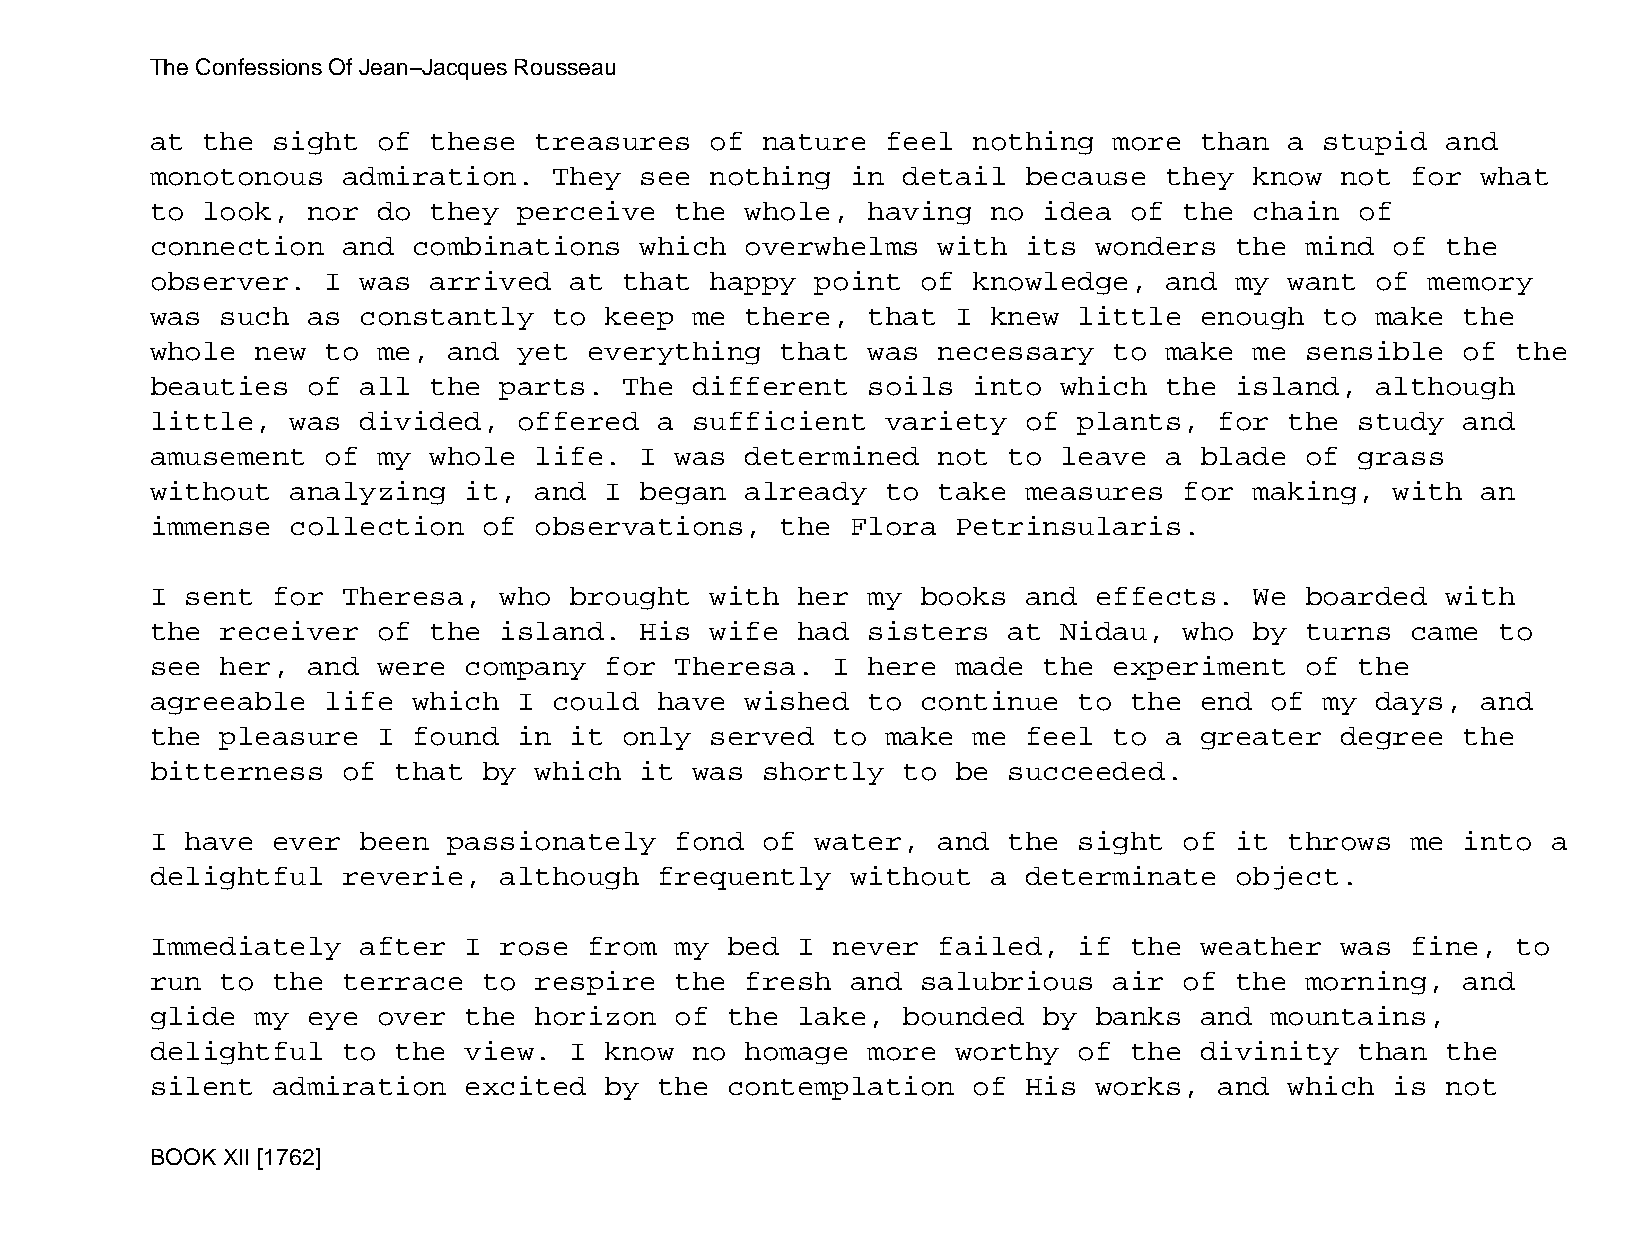
The Confessions Of Jean−Jacques Rousseau
 at the  sight  of these  treasures   of nature   feel nothing   more than  a  stupid  and
 monotonous   admiration.   They see  nothing  in  detail  because  they  know  not for  what
 to look,  nor  do they  perceive   the whole,  having   no idea  of the  chain  of
 connection   and combinations   which  overwhelms   with  its wonders   the mind  of  the
 observer.   I was arrived   at that  happy  point  of knowledge,   and  my want  of  memory
 was  such as  constantly   to keep  me there,  that  I  knew little  enough   to make  the
 whole  new  to me,  and yet  everything   that was  necessary   to make  me sensible   of the
 beauties  of  all the  parts.  The  different  soils  into  which  the  island,  although
 little,  was  divided,  offered   a sufficient   variety  of plants,   for the  study  and
 amusement   of my whole  life.  I  was determined   not  to leave  a blade  of  grass
 without  analyzing   it, and  I began  already   to take  measures  for  making,  with  an
 immense  collection   of observations,    the Flora  Petrinsularis.
 I sent  for  Theresa,  who  brought  with  her my  books  and effects.   We boarded   with
 the  receiver  of the  island.  His  wife  had sisters   at Nidau,  who  by turns  came  to
 see  her, and  were  company  for  Theresa.  I here  made  the  experiment  of  the
 agreeable   life which  I  could  have wished  to  continue  to  the end  of  my days,  and
 the  pleasure  I found  in  it only  served  to  make me  feel  to a greater   degree  the
 bitterness   of that  by which  it  was shortly   to be  succeeded.
 I have  ever  been  passionately   fond of  water,  and  the sight  of  it throws  me  into  a
 delightful   reverie,  although   frequently  without   a determinate   object.
 Immediately   after  I rose  from  my bed  I never  failed,  if  the weather   was fine,  to
 run  to the  terrace  to respire   the fresh  and  salubrious   air of  the morning,   and
 glide  my eye  over  the horizon   of the  lake,  bounded  by banks  and  mountains,
 delightful   to the  view.  I know  no homage  more  worthy  of  the divinity   than  the
 silent  admiration   excited  by  the contemplation   of  His works,   and which  is  not
 BOOK XII [1762]